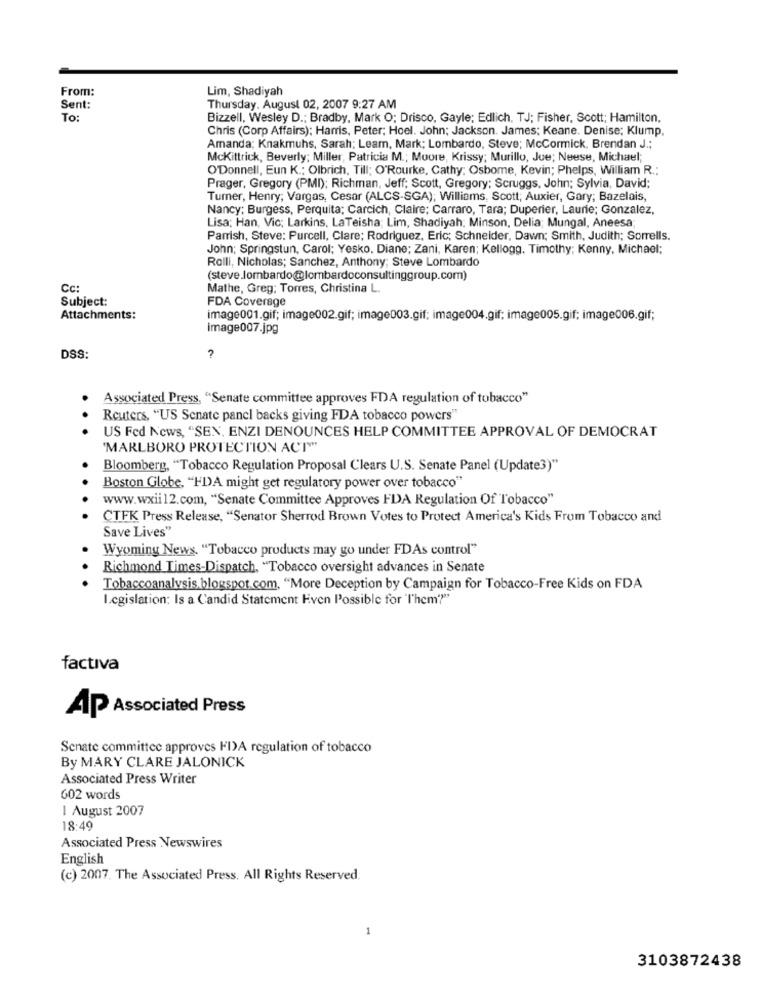
From:
Lim, Shadiyah
Sent:
Thursday. August 02, 2007 9:27 AM
To:
Bizzell, Wesley D .; Bradby, Mark O; Drisco, Gayle; Edlich, TJ; Fisher, Scott; Hamilton,
Chris (Corp Affairs): Harris, Peter; Hoel. John; Jackson. James; Keane. Denise; Klump.
Amanda; Knakmuhs, Sarah; Learn, Mark; Lombardo, Steve; McCormick, Brendan J .;
McKittrick, Beverly; Miller, Patricia M .; Moore, Krissy; Murillo, Jue; Neese, Michael;
O'Donnell, Eun K .: Olbrich, Till; O'Rourke, Cathy; Osbome, Kevin; Phelps, William R .:
Prager, Gregory (PMI): Richman, Jeff; Scott, Gregory; Scruggs, John; Sylvia, David;
Turner, Henry; Vargas, Cesar (ALCS-SGA); Williams, Scott; Auxier, Gary; Bazelais,
Nancy; Burgess, Perquita; Carcich, Claire; Carraro, Tara; Duperier, Laurie; Gonzalez,
Lisa; Han, Vic; Larkins, LaTeisha; Lim, Shadiyah: Minson, Delia; Mungal, Aneesa
Parrish, Steve: Purcell, Clare; Rodriguez, Eric; Schneider, Dawn; Smith, Judith; Sorrells.
John; Springstun, Carol; Yesko. Diane; Zani, Karen; Kellogg. Timothy; Kenny, Michael;
Rolli, Nicholas; Sanchez, Anthony; Steve Lombardo
(steve.lombardo@lombardoconsultinggroup.com)
Cc:
Mathe, Greg; Torres, Christina L.
Subject:
FDA Coverage
Attachments:
image001.gif; image002.gif; image003.gif: image004.gif; image005.gif; image006.gif;
image007.jpg
DSS:
Associated Press, "Senate committee approves FDA regulation of tobacco"
Reuters, "US Senate panel backs giving FDA tobacco powers"
US Fed News, "SEN, ENZI DENOUNCES HELP COMMITTEE APPROVAL OF DEMOCRAT
'MARLBORO PROTECTION ACT""
Bloomberg, "Tobacco Regulation Proposal Clears U.S. Senate Panel (Update3)"
Boston Globe, "HDA might get regulatory power over tobacco"
www.wxii12.com, "Senate Committee Approves FDA Regulation Of Tobacco"
CTFK Press Release, "Senator Sherrod Brown Votes to Protect America's Kids From Tobacco and
Save Lives"
Wyoming News. "Tobacco products may go under FDAs control"
Richmond Times-Dispatch, "Tobacco oversight advances in Senate
Tobaccoanalysis blogspot.com, "More Deception by Campaign for Tobacco-Free Kids on FDA
I.cgislation: Is a Candid Statement Hven Possible for 'I'hem'?"
factiva
AP Associated Press
Senate committee approves FIA regulation of tobacco
By MARY CLARE JALONICK
Associated Press Writer
602 words
I August 2007
18:49
Associated Press Newswires
English
(c) 2007. The Associated Press. All Rights Reserved.
1
3103872438